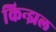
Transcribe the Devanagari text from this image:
किन्झल